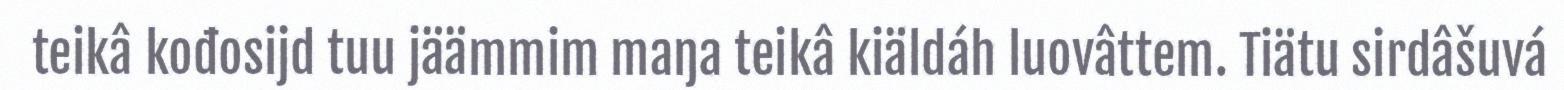
teikâ kođosijd tuu jäämmim maŋa teikâ kiäldáh luovâttem. Tiätu sirdâšuvá